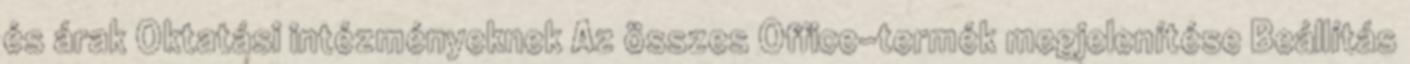
és árak Oktatási intézményeknek Az összes Office-termék megjelenítése Beállítás